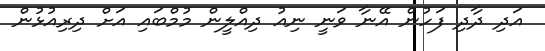
އަދި ދާދި ފަހުން އޭނާ ވަނީ ނިއު ދިއްލީން މުމްބައި އަށް ދިރިއުޅުން